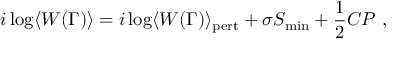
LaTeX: i \log \langle W ( \Gamma ) \rangle = i \log \langle W ( \Gamma ) \rangle _ { \mathrm { p e r t } } + \sigma S _ { \mathrm { m i n } } + { \frac { 1 } { 2 } } C P \ ,